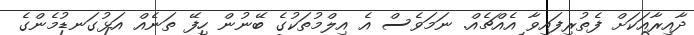
ދާއިރާއަކަށް ފެތުރިފައިވާ އެއްޗެއް. ނަމަވެސް އެ އިލްމުތަކުގެ ބޭނުން ހިފޭ ތަނެއް އަޅުގަނޑުމެންގެ